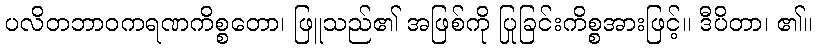
ပလိတဘာဝကရဏကိစ္စတော၊ ဖြူသည်၏ အဖြစ်ကို ပြုခြင်းကိစ္စအားဖြင့်။ ဒီပိတာ၊ ၏။